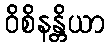
ဝိစိနန္တိယာ